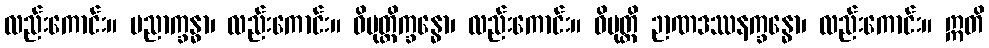
လည်းကောင်း။ ပညာက္ခန္ဓာ၊ လည်းကောင်း။ ဝိမုတ္တိက္ခန္ဓော၊ လည်းကောင်း။ ဝိမုတ္တိ ဉာဏဒဿနက္ခန္ဓော၊ လည်းကောင်း။ ဣတိ